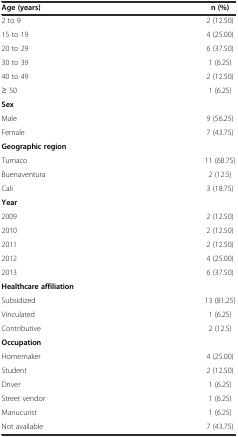
| Age (years) | n (%) |
 | --- | --- |
 | 2 to 9 | 2 (12.50) |
 | 15 to 19 | 4 (25.00) |
 | 20 to 29 | 6 (37.50) |
 | 30 to 39 | 1 (6.25) |
 | 40 to 49 | 2 (12.50) |
 | ≥ 50 | 1 (6.25) |
 | Sex |  |
 | Male | 9 (56.25) |
 | Female | 7 (43.75) |
 | Geographic region |  |
 | Tumaco | 11 (68.75) |
 | Buenaventura | 2 (12.5) |
 | Cali | 3 (18.75) |
 | Year |  |
 | 2009 | 2 (12.50) |
 | 2010 | 2 (12.50) |
 | 2011 | 2 (12.50) |
 | 2012 | 4 (25.00) |
 | 2013 | 6 (37.50) |
 | Healthcare affiliation |  |
 | Subsidized | 13 (81.25) |
 | Vinculated | 1 (6.25) |
 | Contributive | 2 (12.5) |
 | Occupation |  |
 | Homemaker | 4 (25.00) |
 | Student | 2 (12.50) |
 | Driver | 1 (6.25) |
 | Street vendor | 1 (6.25) |
 | Manucurist | 1 (6.25) |
 | Not available | 7 (43.75) |